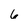
Character: 6